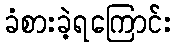
ခံစားခဲ့ရကြောင်း